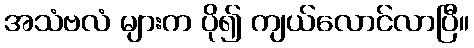
အသံဗလံ များက ပို၍ ကျယ်လောင်လာပြီ။